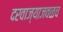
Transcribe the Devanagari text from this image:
दरवाज्याजवळच